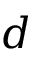
d